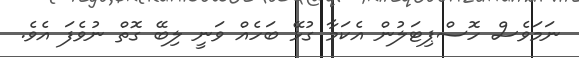
ނަމަވެސް ހޮސްޕިޓަލުން އެކަމާ ގުޅޭ ބަހެއް ވަނީ ލިބޭ ގޮތް ނުވެފަ އެވެ.